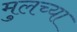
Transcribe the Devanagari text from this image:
मुलच्या